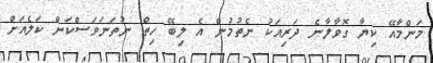
މަންމާއޭ ކިޔާ ގޮވާލާނެ ދަރިއަކު ނެތުމުން އެ ލިބޭ ހިތް ނުތަނަވަސްކަން ކަލެއަށް